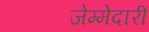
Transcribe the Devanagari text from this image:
जेम्मेदारी